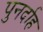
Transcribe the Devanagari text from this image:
पुनर्दाह